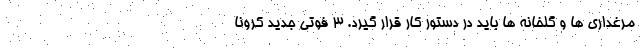
مرغداری ها و گلخانه ها باید در دستور کار قرار گیرد. ۳ فوتی جدید کرونا